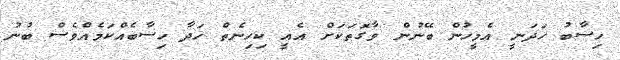
ހިސާބު ހަދަނީ އެމީހުން ބޭނުން ވާގޮތަކަށް އެއީ ކިހިނެތް ހަދާ ހިސާބެއްކަމެއްވެސް ބުނު